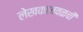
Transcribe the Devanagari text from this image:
लेखकाजवळची